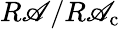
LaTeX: R\mathscr{A}/R\mathscr{A}_{\mathrm{c}}